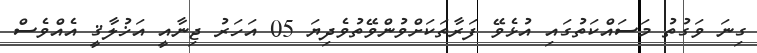
ގިނަ ވަގުތު މަސައްކަތުގައި އުޅެވޭ ފަރާތަކަށްވުންވޭތުވެދިޔަ 05 އަހަރު ޖިނާއީ އަޚުލާޤީ އެއްވެސް